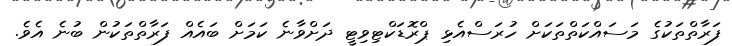
ފަރާތްތަކުގެ މަސައްކަތްތަކަށް ހުރަސްއެޅި ޕްރޮޑަކްޓިވިޓީ ދަށްވާނެ ކަމަށް ބައެއް ފަރާތްތަކުން ބުނެ އެވެ.